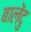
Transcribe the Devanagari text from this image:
बालेंदु